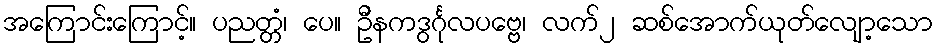
အကြောင်းကြောင့်။ ပညတ္တံ၊ ပေ။ ဦနကဒွင်္ဂုလပဗ္ဗေ၊ လက်၂ ဆစ်အောက်ယုတ်လျော့သော